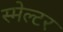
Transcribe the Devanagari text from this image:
स्मेल्टर